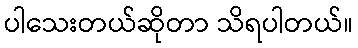
ပါသေးတယ်ဆိုတာ သိရပါတယ်။